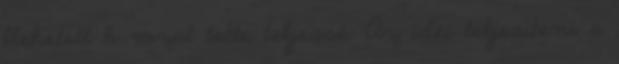
llehetett h rozat tette teljessé. Az idei teljesíteni a